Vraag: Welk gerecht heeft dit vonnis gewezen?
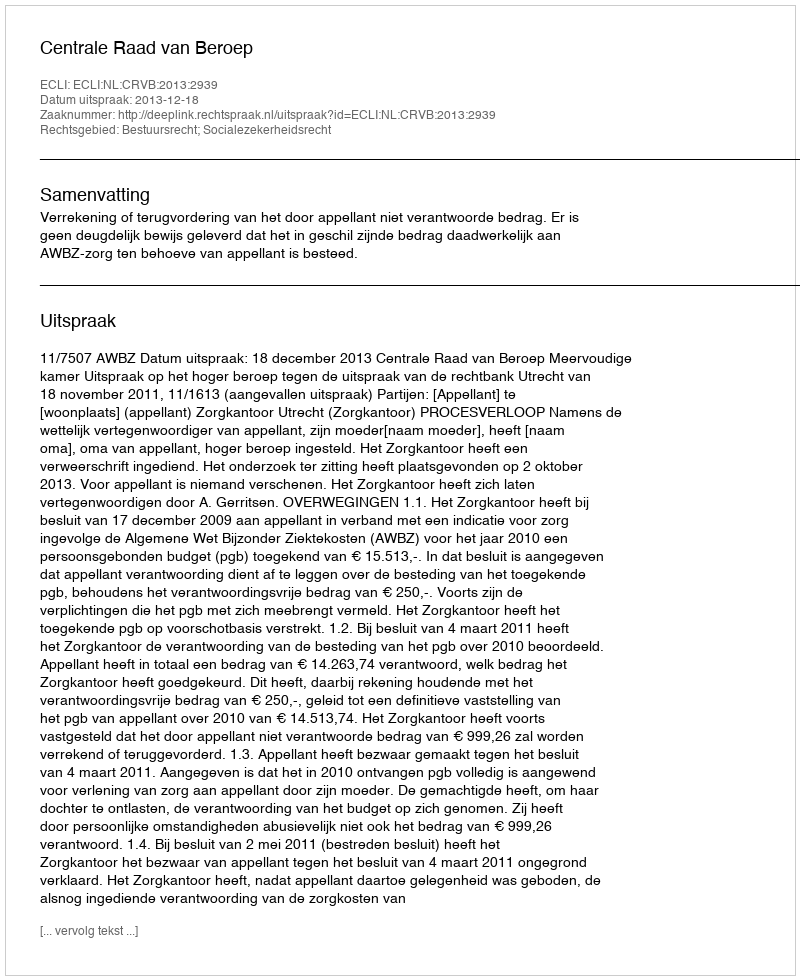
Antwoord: Centrale Raad van Beroep